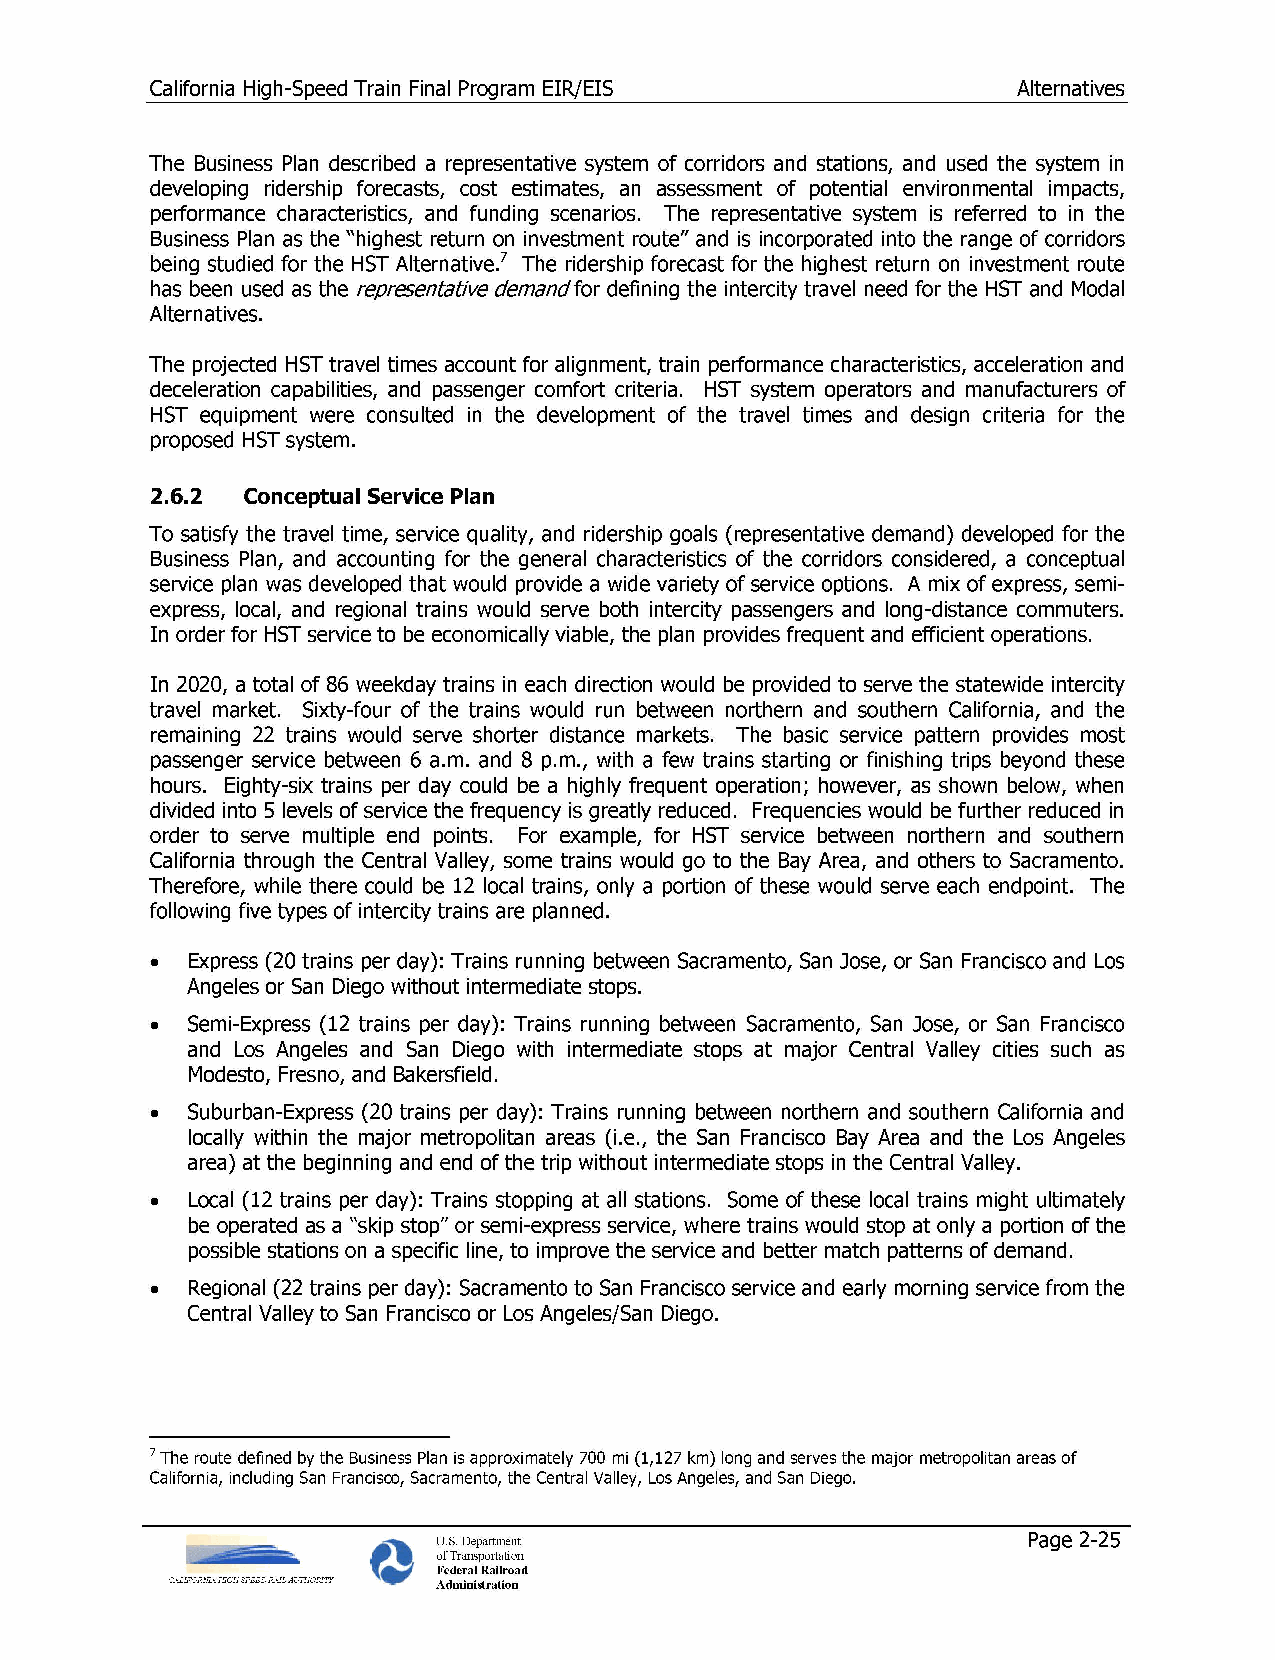
California High-Speed Train Final Program EIR/EIS        Alternatives
 The Business Plan described a representative system of corridors and stations, and used the system in
 developing ridership forecasts, cost estimates, an assessment of potential environmental impacts,
 performance characteristics, and funding scenarios. The representative system is referred to in the
 Business Plan as the "highest return on investment route" and is incorporated into the range of corridors
 being studied for the HST Alternative.7 The ridership forecast for the highest return on investment route
 has been used as the representative demand for defining the intercity travel need for the HST and Modal
 Alternatives.
 The projected HST travel times account for alignment, train performance characteristics, acceleration and
 deceleration capabilities, and passenger comfort criteria. HST system operators and manufacturers of
 HST equipment were consulted in the development of the travel times and design criteria for the
 proposed HST system.
 2.6.2 Conceptual Service Plan
 To satisfy the travel time, service quality, and ridership goals (representative demand) developed for the
 Business Plan, and accounting for the general characteristics of the corridors considered, a conceptual
 service plan was developed that would provide a wide variety of service options. A mix of express, semi­
 express, local, and regional trains would serve both intercity passengers and long-distance commuters.
 In order for HST service to be economically viable, the plan provides frequent and efficient operations.
 In 2020, a total of 86 weekday trains in each direction would be provided to serve the statewide intercity
 travel market. Sixty-four of the trains would run between northern and southern California, and the
 remaining 22 trains would serve shorter distance markets. The basic service pattern provides most
 passenger service between 6 a.m. and 8 p.m., with a few trains starting or finishing trips beyond these
 hours. Eighty-six trains per day could be a highly frequent operation; however, as shown below, when
 divided into 5 levels of service the frequency is greatly reduced. Frequencies would be further reduced in
 order to serve multiple end points. For example, for HST service between northern and southern
 California through the Central Valley, some trains would go to the Bay Area, and others to Sacramento.
 Therefore, while there could be 12 local trains, only a portion of these would serve each endpoint. The
 following five types of intercity trains are planned.
 • Express (20 trains per day): Trains running between Sacramento, San Jose, or San Francisco and Los
 Angeles or San Diego without intermediate stops.
 • Semi-Express (12 trains per day): Trains running between Sacramento, San Jose, or San Francisco
 and Los Angeles and San Diego with intermediate stops at major Central Valley cities such as
 Modesto, Fresno, and Bakersfield.
 • Suburban-Express (20 trains per day): Trains running between northern and southern California and
 locally within the major metropolitan areas (i.e., the San Francisco Bay Area and the Los Angeles
 area) at the beginning and end of the trip without intermediate stops in the Central Valley.
 • Local (12 trains per day): Trains stopping at all stations. Some of these local trains might ultimately
 be operated as a "skip stop" or semi-express service, where trains would stop at only a portion of the
 possible stations on a specific line, to improve the service and better match patterns of demand.
 • Regional (22 trains per day): Sacramento to San Francisco service and early morning service from the
 Central Valley to San Francisco or Los Angeles/San Diego.
 7 The route defined by the Business Plan is approximately 700 mi (1,127 km) long and serves the major metropolitan areas of
 California, including San Francisco, Sacramento, the Central Valley, Los Angeles, and San Diego.
 ~   U.S. Department                        Page 2-25
 ,~-ei• 'f ofTransportation
 Federal Railroad
 Administration